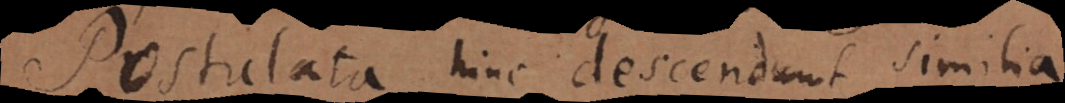
Postulata hinc descendunt similia